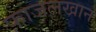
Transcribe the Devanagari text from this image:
फ़ाजलखान